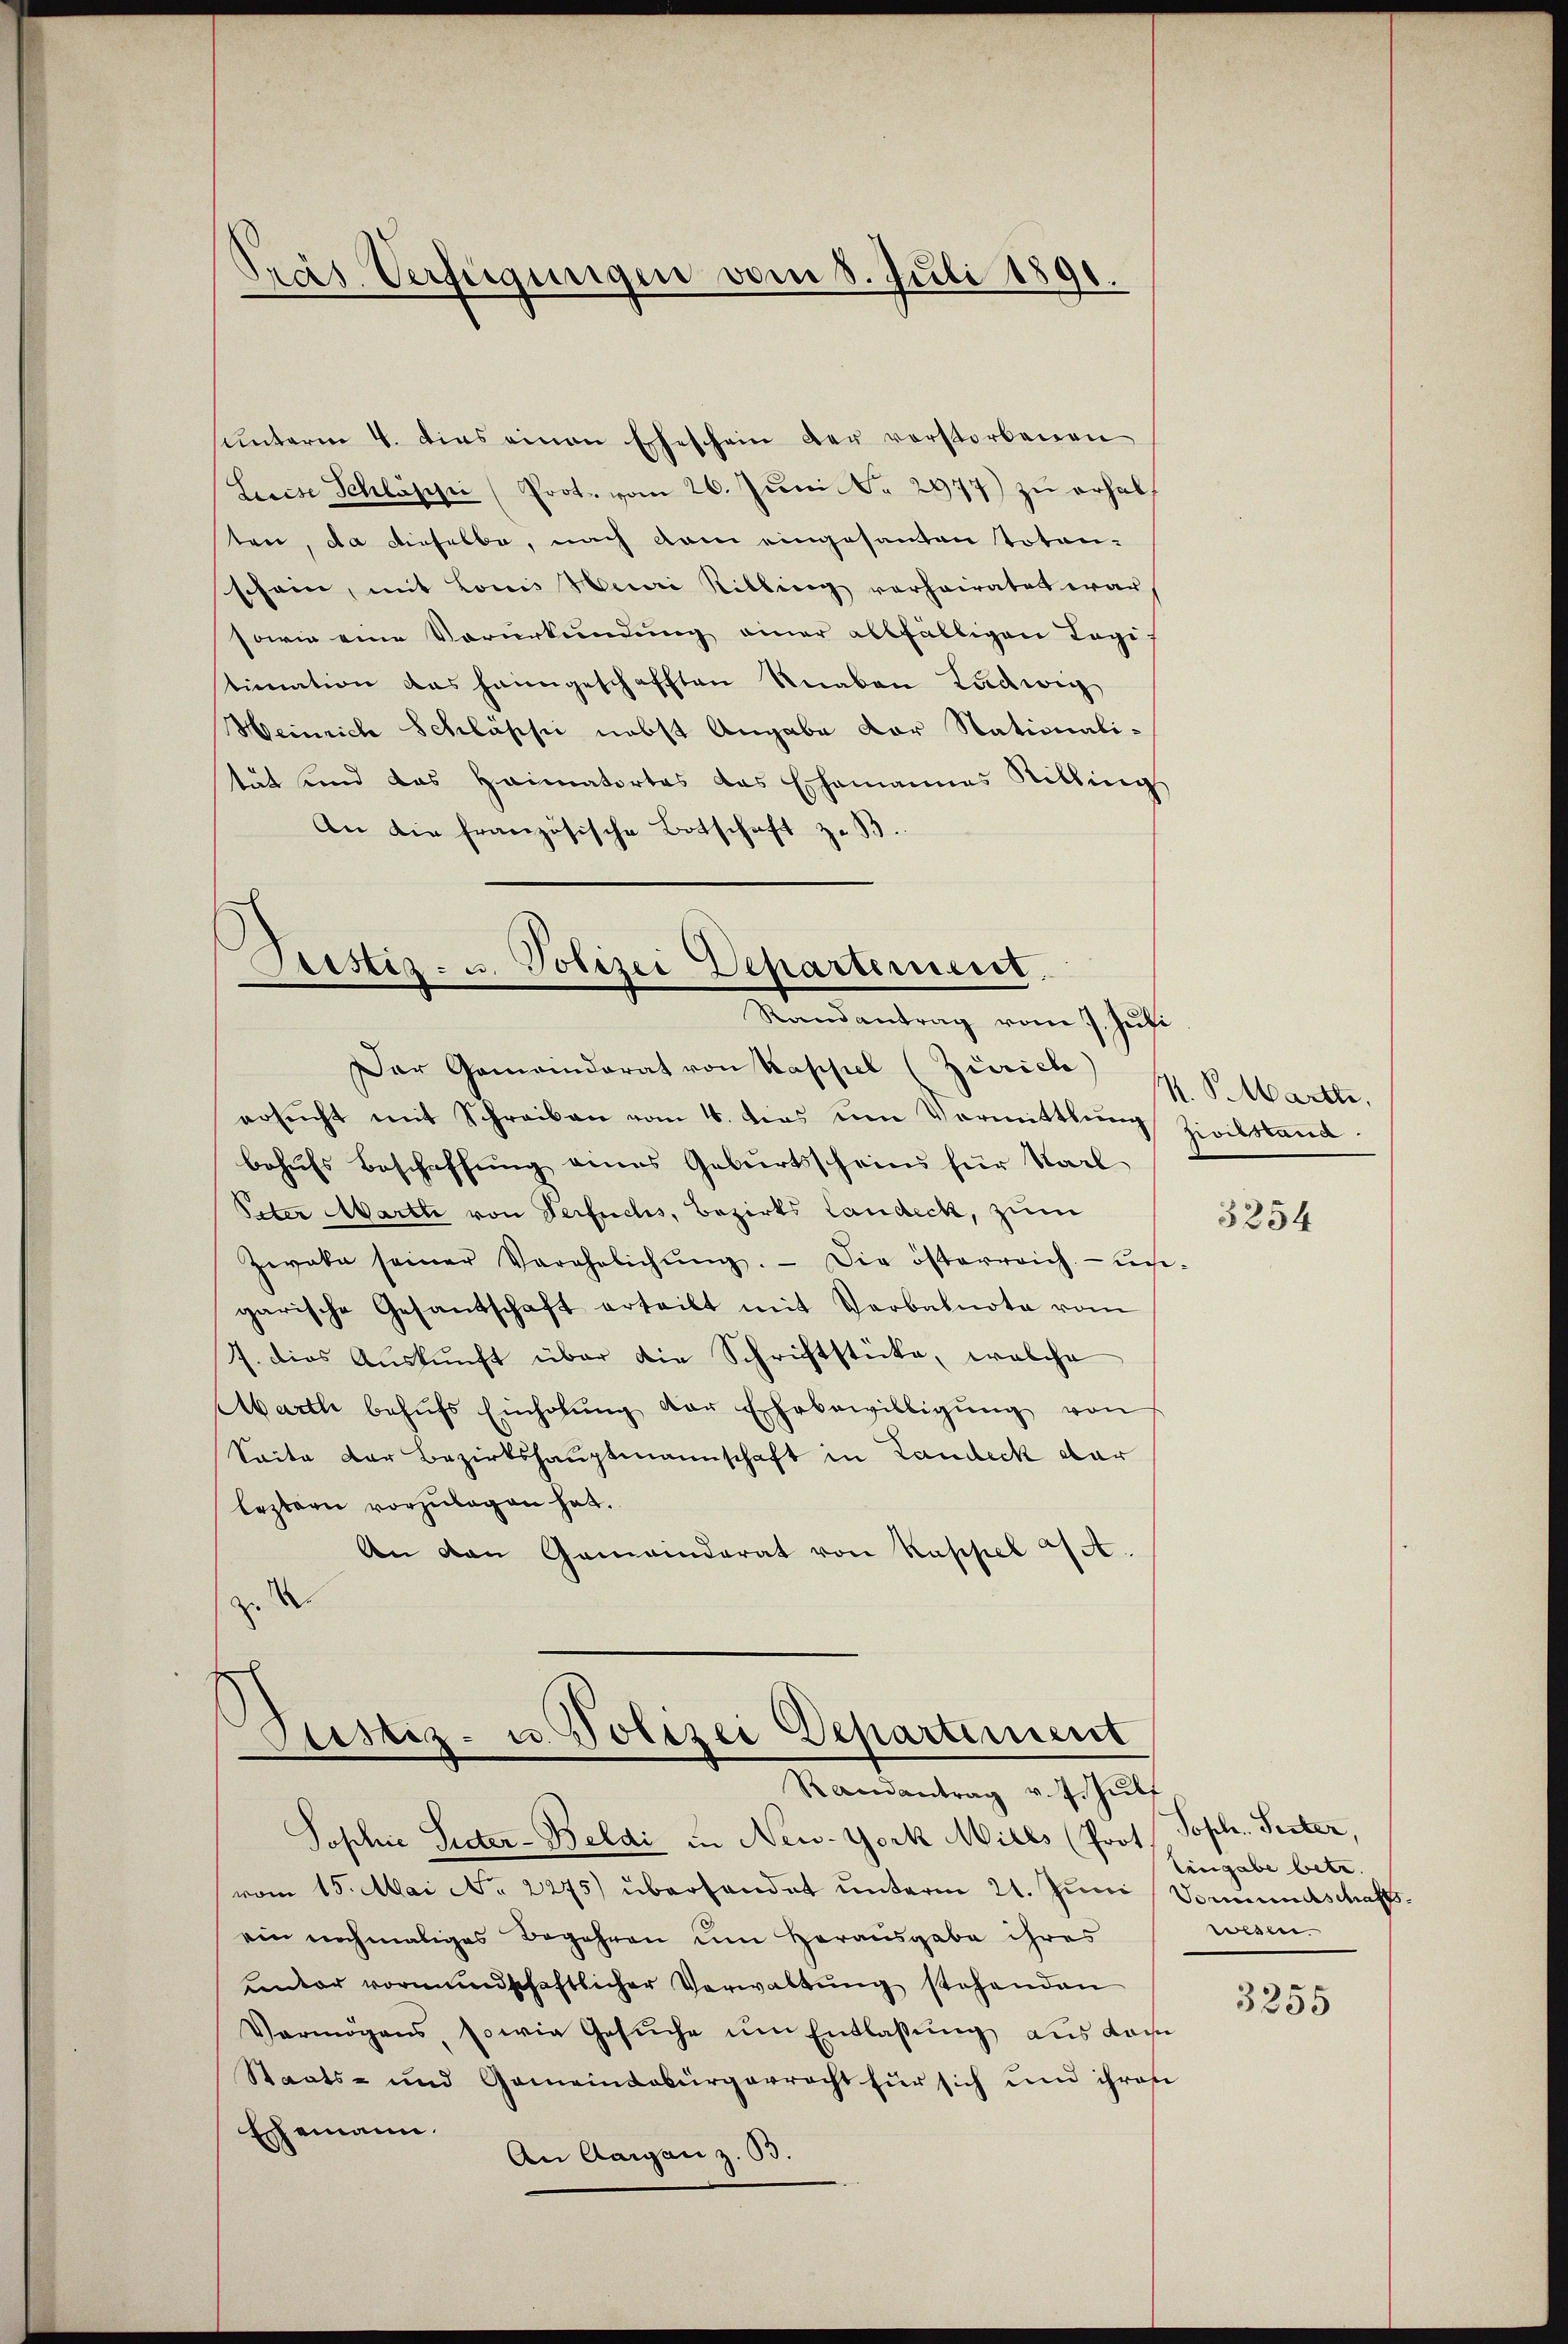
Präs. Verfügungen vom 8. Juli 1891.

hunterin 4. dies einen Eheschein der verstorbenen
Leeise Schlasse (Prot. vom 26. Jŭni S. 2977) zu erhalten, da dieselbe, nach dem eingesanten toton-
schein, mit Louis Nuai Rilling verheiratet war,
sowie eine Vorurkundung einer allfälligen Tapi-
timnation das heimgeschafften Knaben Ludwig
Heinrich Schlässig nebst Angabe der Nationali-
tät und das Heimatortes das Ehemannes Stilling
An die französische Botschaft z. B.

Pristiz- u. Polizei Departement.
Randantrag vom 7. Juli

Der Gemeinderat von Kappel (Zürich)
ersucht mit Schreiben vom 4. dies um Vermittlung Zivilstand
behufs Beschaffung eines Geburtsscheins für Karl
Peter Marti von Verfuchs, Bezirks Landeck, zum
Zwaka seiner Verehelichŭng. - Die österreich un-
garische Gesandschaft erteilt mit Verbalnote vom
7. dies Aŭskŭnft über die Schriftstücke, welche
Marth behŭfs Einholŭng der Ehebewilligŭng von
Seite der Bezirkshauptmannschaft in Landeck dar
leztern vorzulegen hat.
An den Gemeinderat von Kappel 4.
z der

Ptistiz- u. Polizei Departement
Randantrag v. 7. Jŭli

Sophie Seiter-Beldi in New-York Mills (Prot. Soph. Seiter,
vom 15. Mai No 2275 überhandet unterm 21. Juni, Vormundschaftsein nochmaliges Begehren um Herausgabe ihres
unter vormundschaftlicher Verwaltŭng stehenden
Vermögens, sowie Gesŭche um Entlassung aus dach
Staats- und Gemeindebürgerrecht für sich und ihren
Eshemann.
An Aargau z. B.

M. Parte,

3254

Eingabe betr.
wesen.

3255